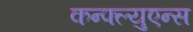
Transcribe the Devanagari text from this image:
कन्फ्ल्युएन्स